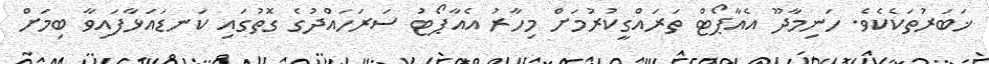
ޚަބަރުތަކެކެވެ. ހަނިމާދޫ އެއާޕޯޓް ތަރައްގީކުރުމަށް މިހާރު އެއާޕޯޓު ސަރަހައްދުގެ ގޮތުގައި ކަނޑައަޅާފައިވާ ބިމަށް